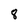
Character: 8